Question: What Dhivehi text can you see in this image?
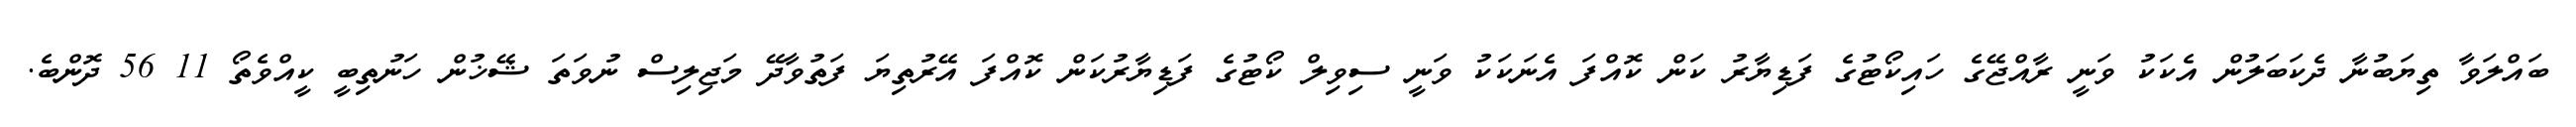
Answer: ބައްލަވާ ތިޔަބުނާ ދެކަބަލުން އެކަކު ވަނީ ރާއްޖޭގެ ހައިކޯޓުގެ ފަޑިޔާރު ކަން ކޮއްފަ އެނަކަކު ވަނީ ސިވިލް ކޯޓުގެ ފަޑިޔާރުކަން ކޮއްފަ އޭރުތިޔަ ފަތުވާދޭ މަޖިލިސް ނުވަތަ ޝޭޚުން ހަނުތިބީ ކީއްވެތޯ 11 56 ދޮންބެ.